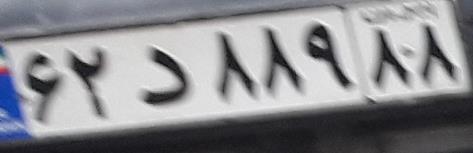
۶۲د۸۸۹۸۸